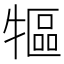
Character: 𤛐